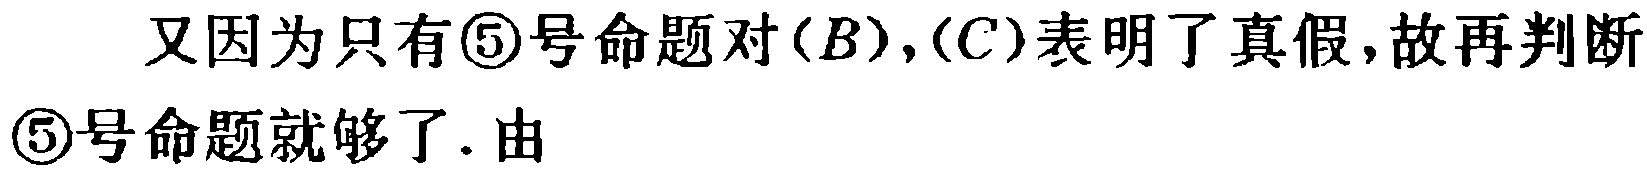
又因为只有\textcircled{5}号命题对\((B),(C)\)表明了真假, 故再判断\textcircled{5}号命题就够了. 由